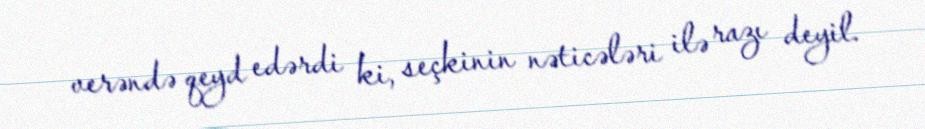
verəndə qeyd edərdi ki, seçkinin nəticələri ilə razı deyil.